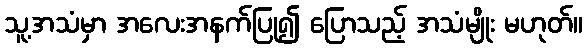
သူ့အသံမှာ အလေးအနက်ပြု၍ ပြောသည့် အသံမျိုး မဟုတ်။